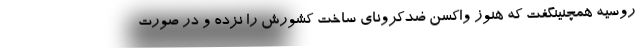
روسیه همچنینگفت که هنوز واکسن ضدکرونای ساخت کشورش را نزده و در صورت